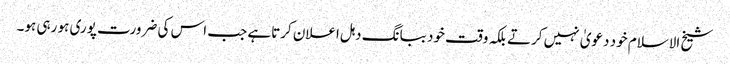
شیخ الاسلام خود دعویٰ نہیں کرتے بلکہ وقت خود ببانگ دہل اعلان کرتاہے جب اس کی ضرورت پوری ہو رہی ہو۔